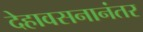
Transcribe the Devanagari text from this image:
देहावसनानंतर